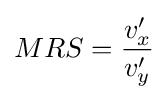
MRS={\frac {v'_{x}}{v'_{y}}}